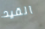
القيد